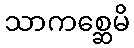
သာကစ္ဆေမိ